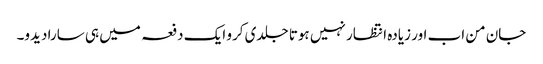
جان من اب اور زیادہ انتظار نہیں ہوتا جلدی کرو ایک دفعہ میں ہی سارا دیدو۔